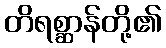
တိရစ္ဆာန်တို့၏